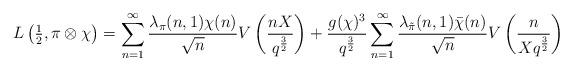
LaTeX: \begin{align*}L\left(\tfrac{1}{2},\pi\otimes\chi\right)=\sum_{n=1}^\infty \frac{\lambda_\pi(n,1)\chi(n)}{\sqrt{n}}V\left(\frac{nX}{q^{\frac{3}{2}}}\right)+\frac{g(\chi)^3}{q^{\frac{3}{2}}}\sum_{n=1}^\infty \frac{\lambda_{\tilde\pi}(n,1)\bar\chi(n)}{\sqrt{n}}V\left(\frac{n}{Xq^{\frac{3}{2}}}\right)\end{align*}